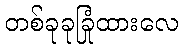
တစ်ခုခုခြုံထားလေ